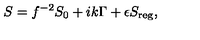
S = f ^ { - 2 } S _ { 0 } + i k \Gamma + \epsilon S _ { \mathrm { r e g } } ,